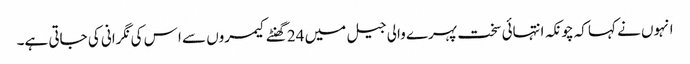
انہوں نے کہا کہ چونکہ انتہائی سخت پہرے والی جیل میں 24 گھنٹے کیمروں سے ا س کی نگرانی کی جاتی ہے۔